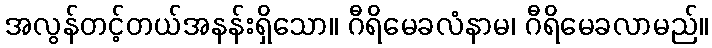
အလွန်တင့်တယ်အနန်းရှိသော။ ဂီရိမေခလံနာမ၊ ဂီရိမေခလာမည်။